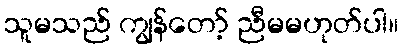
သူမသည် ကျွန်တော့် ညီမမဟုတ်ပါ။